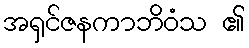
အရှင်ဇနကာဘိဝံသ ၏